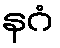
နဂံ